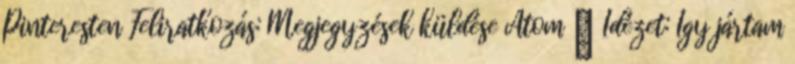
Pinteresten Feliratkozás: Megjegyzések küldése Atom ♥ Idézet: Így jártam